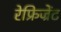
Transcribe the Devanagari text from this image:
रेफ्रिज्रेंट